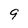
Character: 9